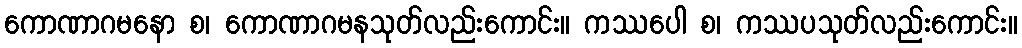
ကောဏာဂမနော စ၊ ကောဏာဂမနသုတ်လည်းကောင်း။ ကဿပေါ စ၊ ကဿပသုတ်လည်းကောင်း။